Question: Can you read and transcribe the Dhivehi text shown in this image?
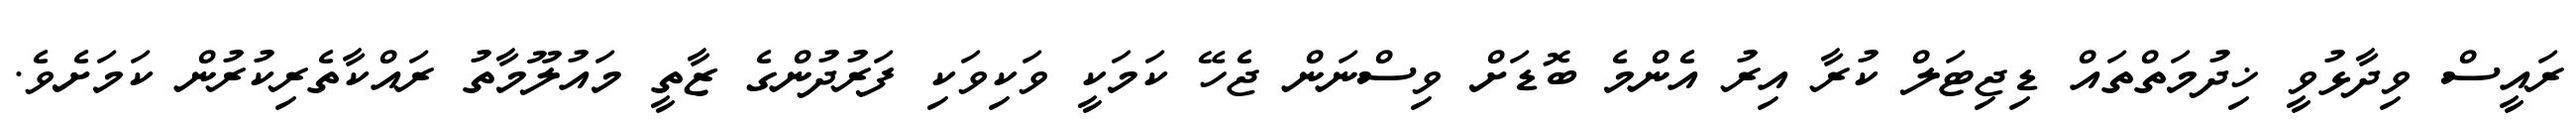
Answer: ރައީސް ވިދާޅުވީ ޚިދުމަތްތައް ޑިޖިޓަލް ކުރާ އިރު އެންމެ ބޮޑަށް ވިސްނަން ޖެހޭ ކަމަކީ ވަކިވަކި ފަރުދުންގެ ޒާތީ މައުލޫމާތު ރައްކާތެރިކުރުން ކަމަށެވެ.